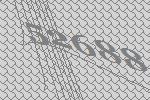
52688